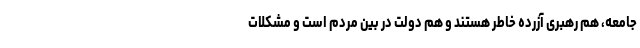
جامعه، هم رهبری آزرده خاطر هستند و هم دولت در بین مردم است و مشکلات